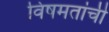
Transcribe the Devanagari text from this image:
विषमतांची